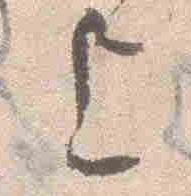
上